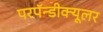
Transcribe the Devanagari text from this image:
परपॅन्डीक्यूलर